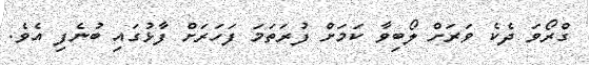
ގްރޯވަ ދެކެ ވަރަށް ލޯބިވާ ކަމަަށް ފުރަތަމަ ފަހަރަށް ފާޅުގައި ބުނެފި އެވެ.